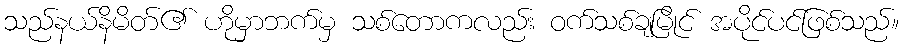
သည်နယ်နိမိတ်၏ ဟိုမှာဘက်မှ သစ်တောကလည်း ဝက်သစ်ချမြိုင် အပိုင်ပင်ဖြစ်သည်။